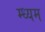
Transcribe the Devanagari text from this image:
म्ध्यम